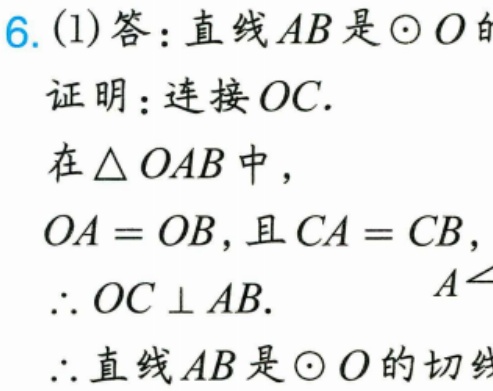
6. (1)答：直线 \(AB\) 是 \(\odot O\) 的
证明：连接 \(OC\).
在 \(\triangle OAB\) 中，
\(OA = OB\)，且 \(CA = CB\)，
\(\therefore OC\perp AB\).
\(\therefore\) 直线 \(AB\) 是 \(\odot O\) 的切线